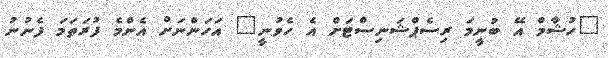
"ހުޝާމް އޭ ބުނީމަ ރިސެޕްޝަނިސްޓަށް އެ ހެވުނީ" އަހަންނަށް އެންމެ ފުރަތަމަ ފެނުނު